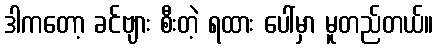
ဒါကတော့ ခင်ဗျား စီးတဲ့ ရထား ပေါ်မှာ မူတည်တယ်။